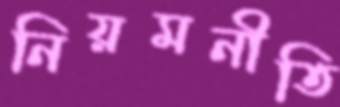
নিয়মনীতি